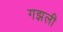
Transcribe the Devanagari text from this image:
गझली